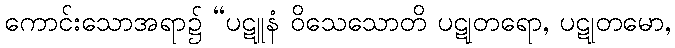
ကောင်းသောအရာ၌ “ပဋူနံ ဝိသေသောတိ ပဋုတရော, ပဋုတမော,